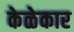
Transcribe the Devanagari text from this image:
केळेकार